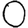
Digit: 0